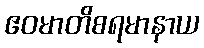
ဧဝမာတိစရမာနာယ